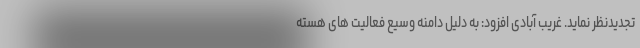
تجدیدنظر نماید. غریب آبادی افزود: به دلیل دامنه وسیع فعالیت های هسته